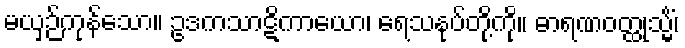
မယှဉ်ကုန်သော။ ဥဒကသာဋိကာယော၊ ရေသနုပ်တို့ကို။ ဓာရဏဝတ္ထုသ္မိံ၊